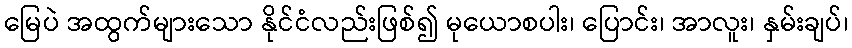
မြေပဲ အထွက်များသော နိုင်ငံလည်းဖြစ်၍ မုယောစပါး၊ ပြောင်း၊ အာလူး၊ နှမ်းချပ်၊